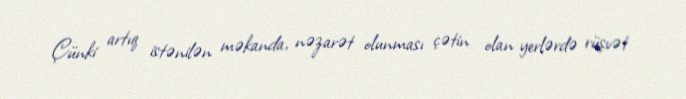
Çünki artıq istənilən məkanda, nəzarət olunması çətin olan yerlərdə rüşvət